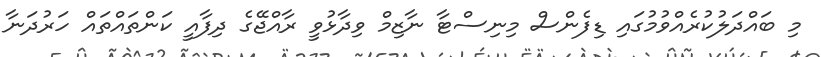
މި ބައްދަލުކުރެއްވުމުގައި ޑިފެންސް މިނިސްޓާ ނާޒިމް ވިދާޅުވީ ރާއްޖޭގެ ދިފާއީ ކަންތައްތައް ހަރުދަނާ